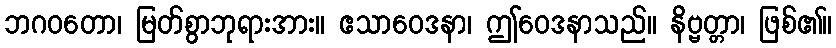
ဘဂဝတော၊ မြတ်စွာဘုရားအား။ ဧသာဝေဒနာ၊ ဤဝေဒနာသည်။ နိဗ္ဗတ္တာ၊ ဖြစ်၏။